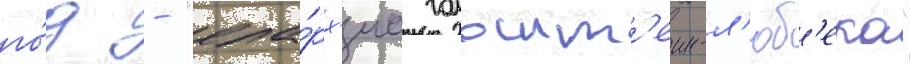
го́д - "епа́рх'иа гольшт'еин-л'юб'ека"